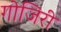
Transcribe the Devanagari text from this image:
गोजिरी